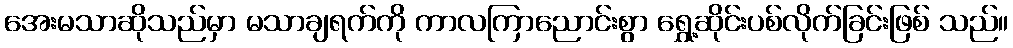
အေးမသာဆိုသည်မှာ မသာချရက်ကို ကာလကြာညောင်းစွာ ရွှေ့ဆိုင်းပစ်လိုက်ခြင်းဖြစ် သည်။